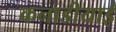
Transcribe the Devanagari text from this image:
कनाडीयाई